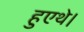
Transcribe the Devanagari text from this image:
हुएथे।